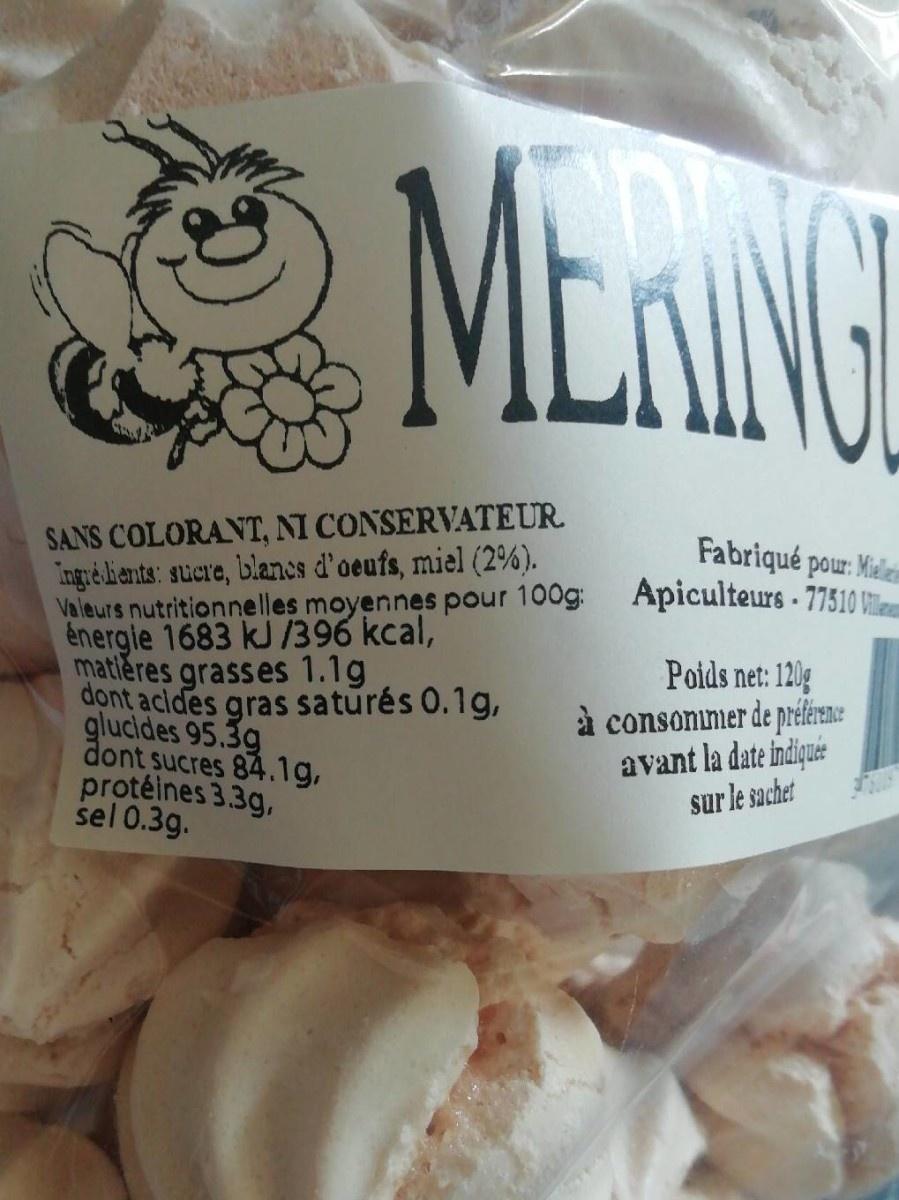
MLANE SANS COLORANT, NI CONSERVATEUR Ingre Lients: sucre, blanes d'oeufs, miel (2%). Valeurs nutritionnelles moyennes pour 100g: energie 1683 kJ /396 kcal, matleres grasses 1.1g dont acides gras saturés 0.1g, glucides 95.39 dont sucres 84.1g, protéines 3.3g, sel 0.3g. Fabriqué pour: Mile Apiculteurs. 77510 Poids net: 120g à consonimer de préërnce avant la date indique sur le sachet